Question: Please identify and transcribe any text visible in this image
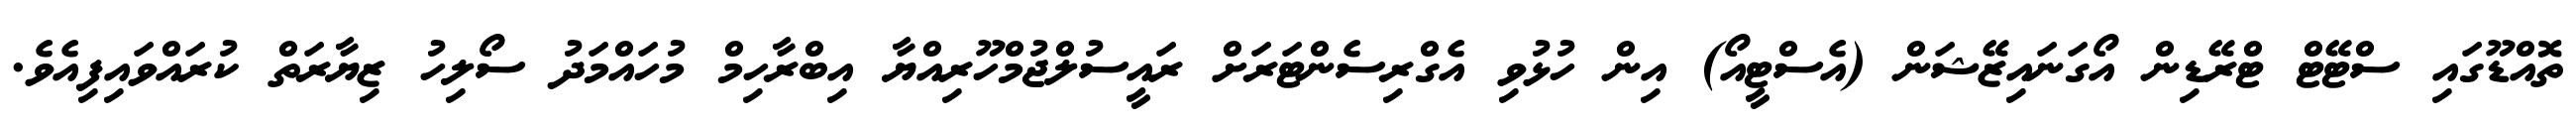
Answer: ތޮއްޑޫގައި ސްޓޭޓް ޓްރޭޑިން އޯގަނައިޒޭޝަން (އެސްޓީއޯ) އިން ހުޅުވި އެގްރިސެންޓަރަށް ރައީސުލްޖުމްހޫރިއްޔާ އިބްރާހިމް މުހައްމަދު ސޯލިހު ޒިޔާރަތް ކުރައްވައިފިއެވެ.